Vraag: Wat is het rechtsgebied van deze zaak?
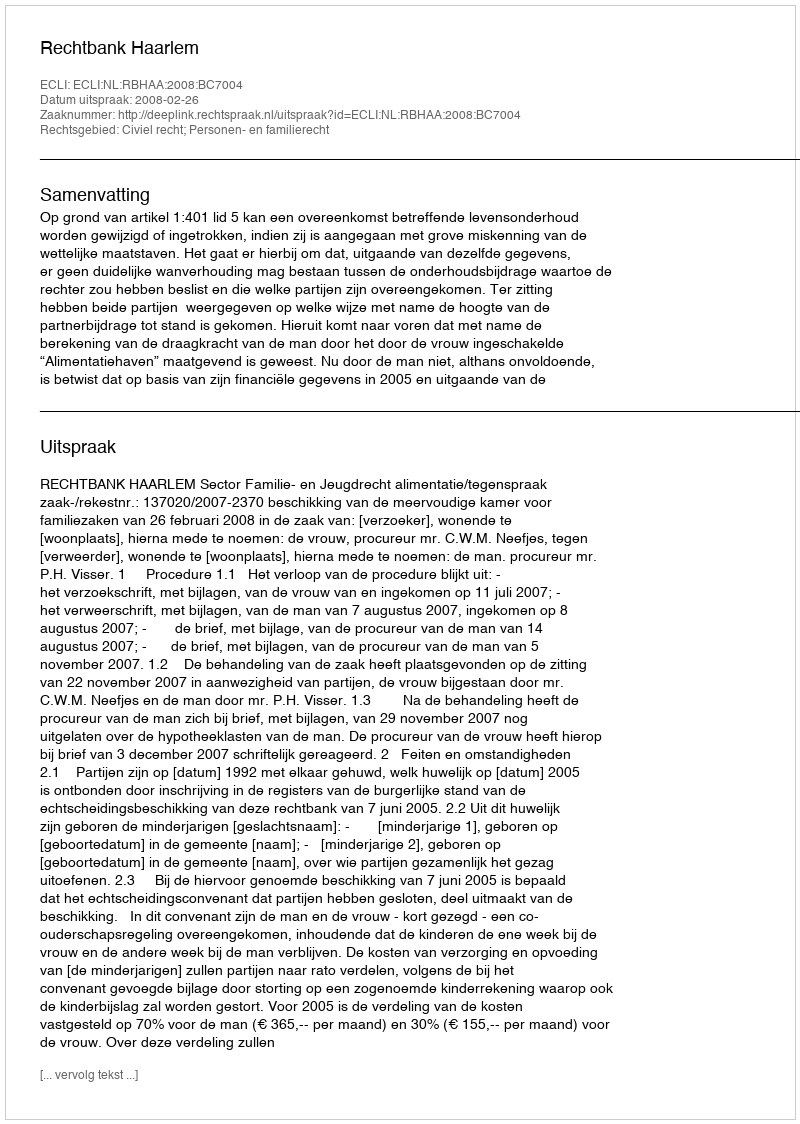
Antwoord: Civiel recht; Personen- en familierecht